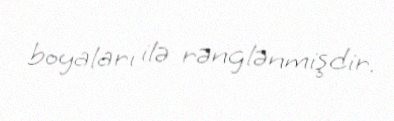
boyaları ilə rənglənmişdir.